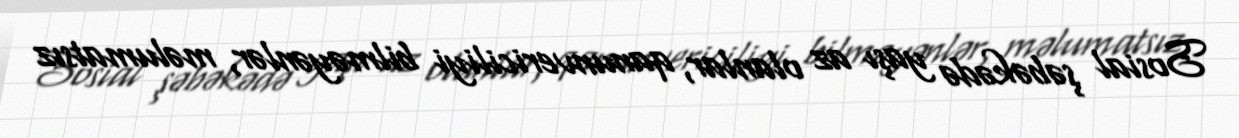
Sosial şəbəkədə yaşı az olanlar, qanunvericiliyi bilməyənlər, məlumatsız